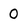
Character: 0